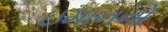
ઇમાનનો